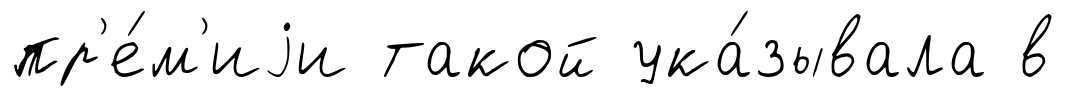
пр'е́м'иjи такой ука́зывала в